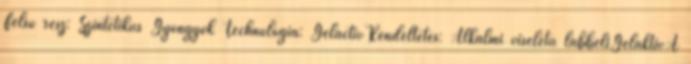
Felső rész: Szintetikus Gyöngyök Technológia: GelactivRendeltetés: Alkalmi viseletű lábbeliGelaktivA